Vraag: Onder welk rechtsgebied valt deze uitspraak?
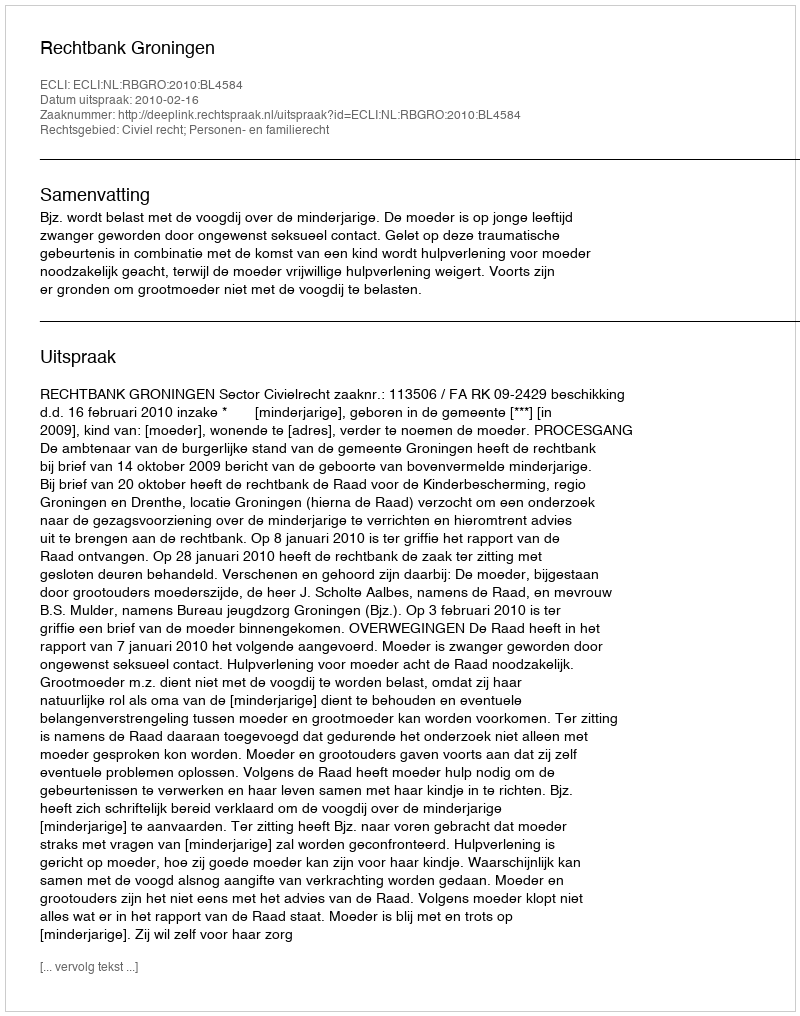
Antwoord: Civiel recht; Personen- en familierecht